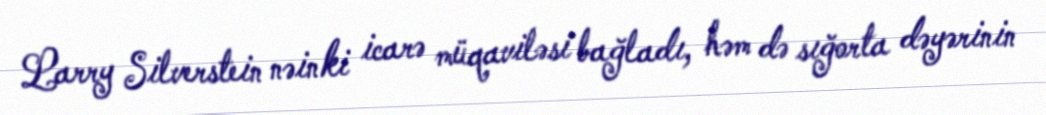
Larry Silverstein nəinki icarə müqaviləsi bağladı, həm də sığorta dəyərinin